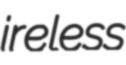
ireless